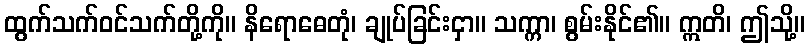
ထွက်သက်ဝင်သက်တို့ကို။ နိရောဓေတုံ၊ ချုပ်ခြင်းငှာ။ သက္ကာ၊ စွမ်းနိုင်၏။ ဣတိ၊ ဤသို့။